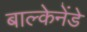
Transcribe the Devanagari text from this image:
बाल्केनेंडे